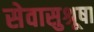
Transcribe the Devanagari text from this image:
सेवासुश्रूषा